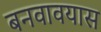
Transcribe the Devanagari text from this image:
बनवावयास